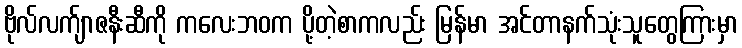
ဗိုလ်လက်ျာဇနီးဆီကို ကလေးဘဝက ပို့တဲ့စာကလည်း မြန်မာ အင်တာနက်သုံးသူတွေကြားမှာ